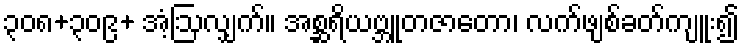
၃၀၈+၃၀၉+ အံ့ဩလျှက်။ အစ္ဆရိယဗ္ဘူတဇာတော၊ လက်ဖျစ်ခတ်ကျူး၍